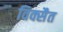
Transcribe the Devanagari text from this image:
विक्सैत